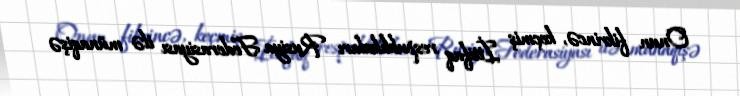
Onun fikrincə, keçmiş İttifaq respublikaları Rusiya Federasiyası ilə münaqişə